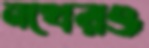
নখেরও